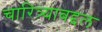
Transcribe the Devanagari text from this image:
चारित्र्याबद्दल